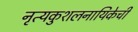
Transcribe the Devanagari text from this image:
नृत्यकुशलनायिकेची